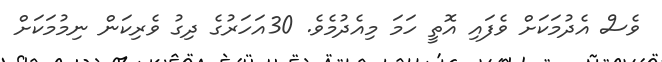
ވެސް އެދުމަކަށް ވެފައި އޮތީ ހަމަ މިއެދުމެވެ. 30އަހަރުގެ ދިގު ވެރިކަން ނިމުމަކަށް